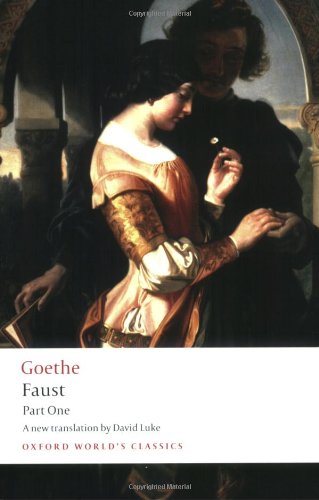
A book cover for Faust, Part One (Oxford World's Classics) (Pt. 1); J. W. von Goethe; Literature & Fiction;